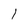
Character: l